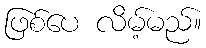
ဖြစ်ပေ လိမ့်မည်။